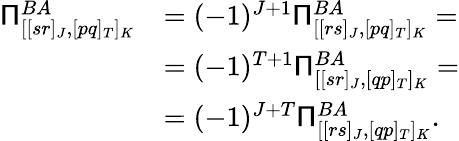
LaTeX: \begin{array}{rl}{\mathsf{\Pi}_{[[sr]_{J},[pq]_{T}]_{K}}^{BA}}&{=(-1)^{J+1}\mathsf{\Pi}_{[[rs]_{J},[pq]_{T}]_{K}}^{BA}=}\\ &{=(-1)^{T+1}\mathsf{\Pi}_{[[sr]_{J},[qp]_{T}]_{K}}^{BA}=}\\ &{=(-1)^{J+T}\mathsf{\Pi}_{[[rs]_{J},[qp]_{T}]_{K}}^{BA}.}\end{array}